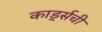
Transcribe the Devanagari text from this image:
कार्ड्सची